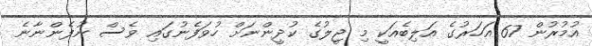
އުމުރުން 67 އަހަރުގެ އަލިބެއަކީ މި ޖީލުގެ ކުދީންނަށް ހުވަފެނުގައި ވެސް ނުފެންނާނެ